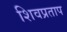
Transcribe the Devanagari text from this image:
शिवप्रताप